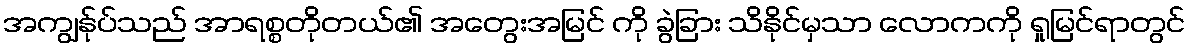
အကျွန်ုပ်သည် အာရစ္စတိုတယ်၏ အတွေးအမြင် ကို ခွဲခြား သိနိုင်မှသာ လောကကို ရှုမြင်ရာတွင်